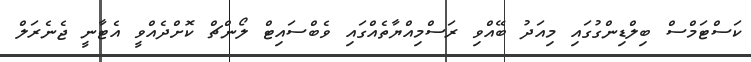
ކަސްޓަމްސް ބިލްޑިންގުގައި މިއަދު ބޭއްވި ރަސްމިއްޔާތެއްގައި ވެބްސައިޓް ލޯންޗް ކޮށްދެއްވީ އެޓާނީ ޖެނެރަލް